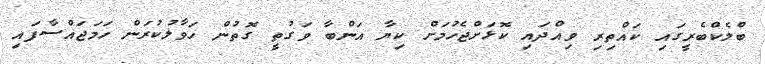
ބްލެކްބެރީގައި ކައްތިރި ވިއްދައި ކޮޅަށްޖެހުމަށް ކިޔާ އަންބާ ވަގުތީ ގޮތުން ހަވާލުކުރަން ހަމަޖައްސާފައި